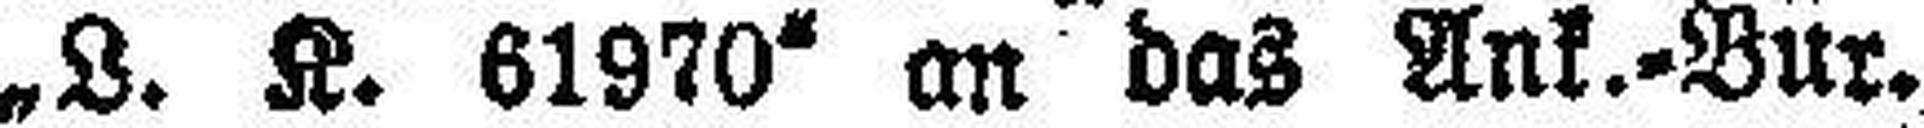
„L. K. 61970“ an das Ank.=Bur.